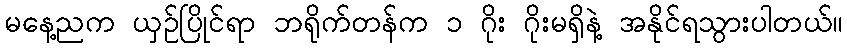
မနေ့ညက ယှဉ်ပြိုင်ရာ ဘရိုက်တန်က ၁ ဂိုး ဂိုးမရှိနဲ့ အနိုင်ရသွားပါတယ်။